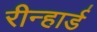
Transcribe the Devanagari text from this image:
रीन्हार्ड